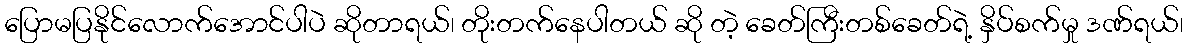
ပြောမပြနိုင်လောက်အောင်ပါပဲ ဆိုတာရယ်၊ တိုးတက်နေပါတယ် ဆို တဲ့ ခေတ်ကြီးတစ်ခေတ်ရဲ့ နှိပ်စက်မှု ဒဏ်ရယ်၊